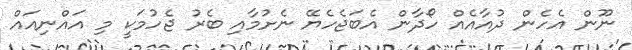
ނޫން އެހެން ދުއާއެއް ހޯދާން އެބަޖެހެޔޭ ނެށުމާއި ބެރު ޖެހުމަކީ މި އައްނިއައް